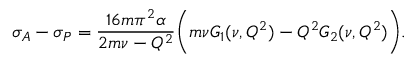
\sigma _ { A } - \sigma _ { P } = { \frac { 1 6 m \pi ^ { 2 } \alpha } { 2 m \nu - Q ^ { 2 } } } \Biggl ( m \nu G _ { 1 } ( \nu , Q ^ { 2 } ) - Q ^ { 2 } G _ { 2 } ( \nu , Q ^ { 2 } ) \Biggr ) .